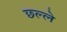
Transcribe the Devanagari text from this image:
छ्ल्ले